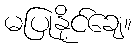
မပြုနိုင်ချေ။